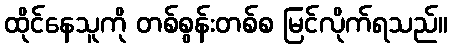
ထိုင်နေသူကို တစ်စွန်းတစ်စ မြင်လိုက်ရသည်။